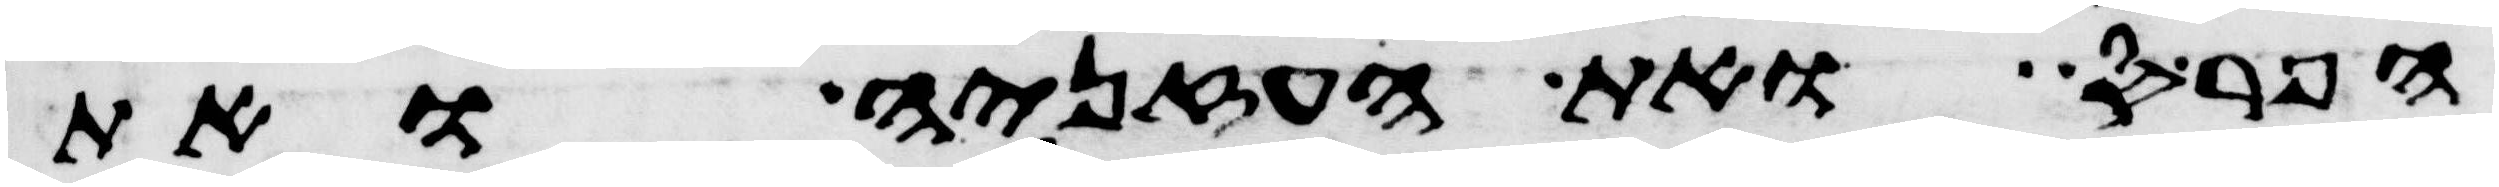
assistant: הפרס ואת העזניה ואת